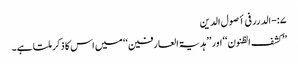
۷:-الدرر فی أصول الدین
’’کشف الظنون‘‘ اور ’’ہدیۃ العارفین‘‘ میں اس کا ذکر ملتا ہے۔